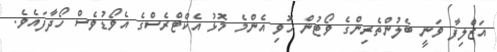
އަޒްލިފާ ވަނީ ބެލުންތެރިންގެ ވޯޓުން ހޮވި އެންމެ މޮޅު އެކްޓްރެސްގެ އެވޯޑުވެސް ހޯދާފައެވެ.